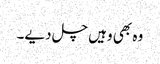
وہ بھی وہیں چل دیے۔